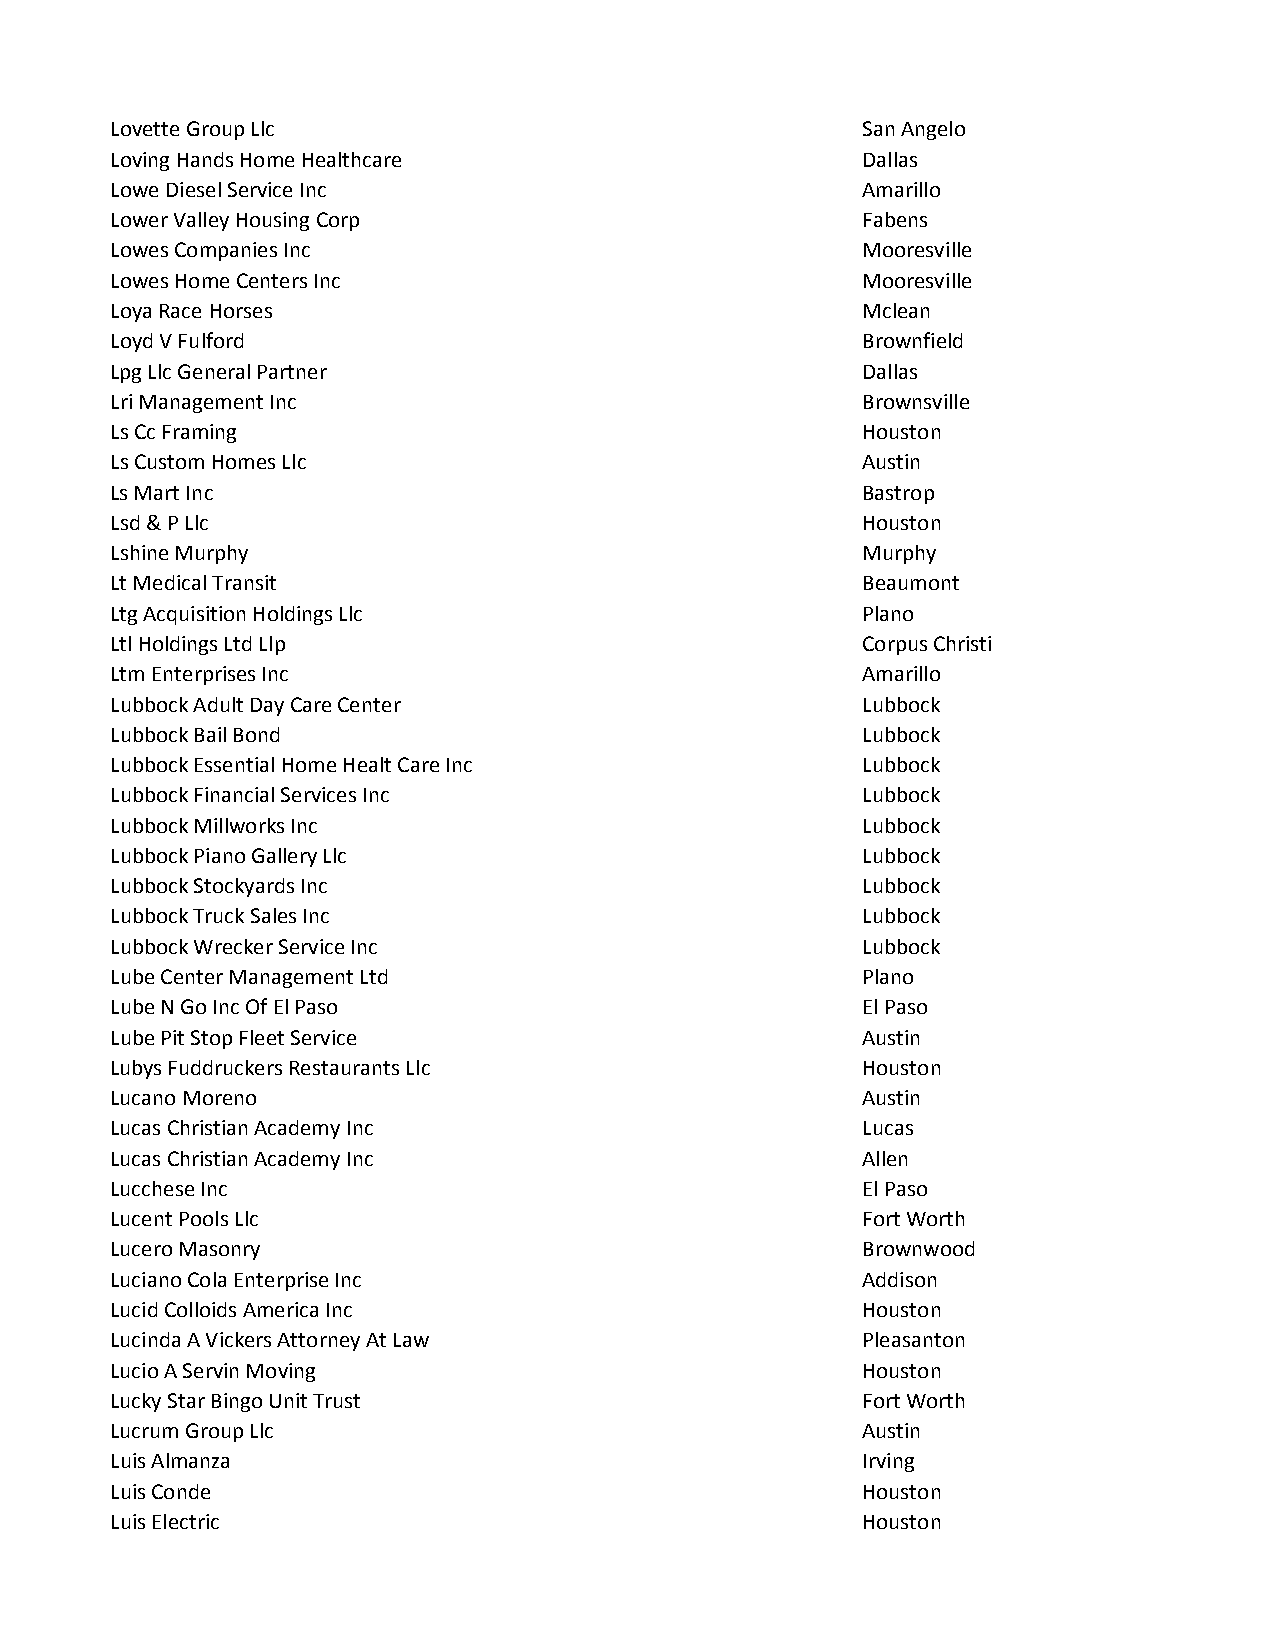
Lovette Group Llc                                 San Angelo
 Loving Hands Home Healthcare                      Dallas
 Lowe Diesel Service Inc                           Amarillo
 Lower Valley Housing Corp                         Fabens
 Lowes Companies Inc                               Mooresville
 Lowes Home Centers Inc                            Mooresville
 Loya Race Horses                                  Mclean
 Loyd V Fulford                                    Brownfield
 Lpg Llc General Partner                           Dallas
 Lri Management Inc                                Brownsville
 Ls Cc Framing                                     Houston
 Ls Custom Homes Llc                               Austin
 Ls Mart Inc                                       Bastrop
 Lsd & P Llc                                       Houston
 Lshine Murphy                                     Murphy
 Lt Medical Transit                                Beaumont
 Ltg Acquisition Holdings Llc                      Plano
 Ltl Holdings Ltd Llp                              Corpus Christi
 Ltm Enterprises Inc                               Amarillo
 Lubbock Adult Day Care Center                     Lubbock
 Lubbock Bail Bond                                 Lubbock
 Lubbock Essential Home Healt Care Inc             Lubbock
 Lubbock Financial Services Inc                    Lubbock
 Lubbock Millworks Inc                             Lubbock
 Lubbock Piano Gallery Llc                         Lubbock
 Lubbock Stockyards Inc                            Lubbock
 Lubbock Truck Sales Inc                           Lubbock
 Lubbock Wrecker Service Inc                       Lubbock
 Lube Center Management Ltd                        Plano
 Lube N Go Inc Of El Paso                          El Paso
 Lube Pit Stop Fleet Service                       Austin
 Lubys Fuddruckers Restaurants Llc                 Houston
 Lucano Moreno                                     Austin
 Lucas Christian Academy Inc                       Lucas
 Lucas Christian Academy Inc                       Allen
 Lucchese Inc                                      El Paso
 Lucent Pools Llc                                  Fort Worth
 Lucero Masonry                                    Brownwood
 Luciano Cola Enterprise Inc                       Addison
 Lucid Colloids America Inc                        Houston
 Lucinda A Vickers Attorney At Law                 Pleasanton
 Lucio A Servin Moving                             Houston
 Lucky Star Bingo Unit Trust                       Fort Worth
 Lucrum Group Llc                                  Austin
 Luis Almanza                                      Irving
 Luis Conde                                        Houston
 Luis Electric                                     Houston